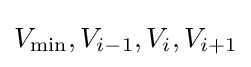
V_{\min },V_{i-1},V_{i},V_{i+1}